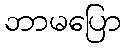
ဘာမပြော